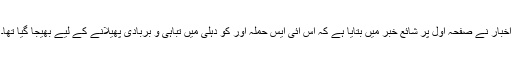
اخبار نے صفحۂ اوّل پر شائع خبر میں بتایا ہے کہ اس آئی ایس حملہ آور کو دہلی میں تباہی و بربادی پھیلانے کے لیے بھیجا گیا تھا۔